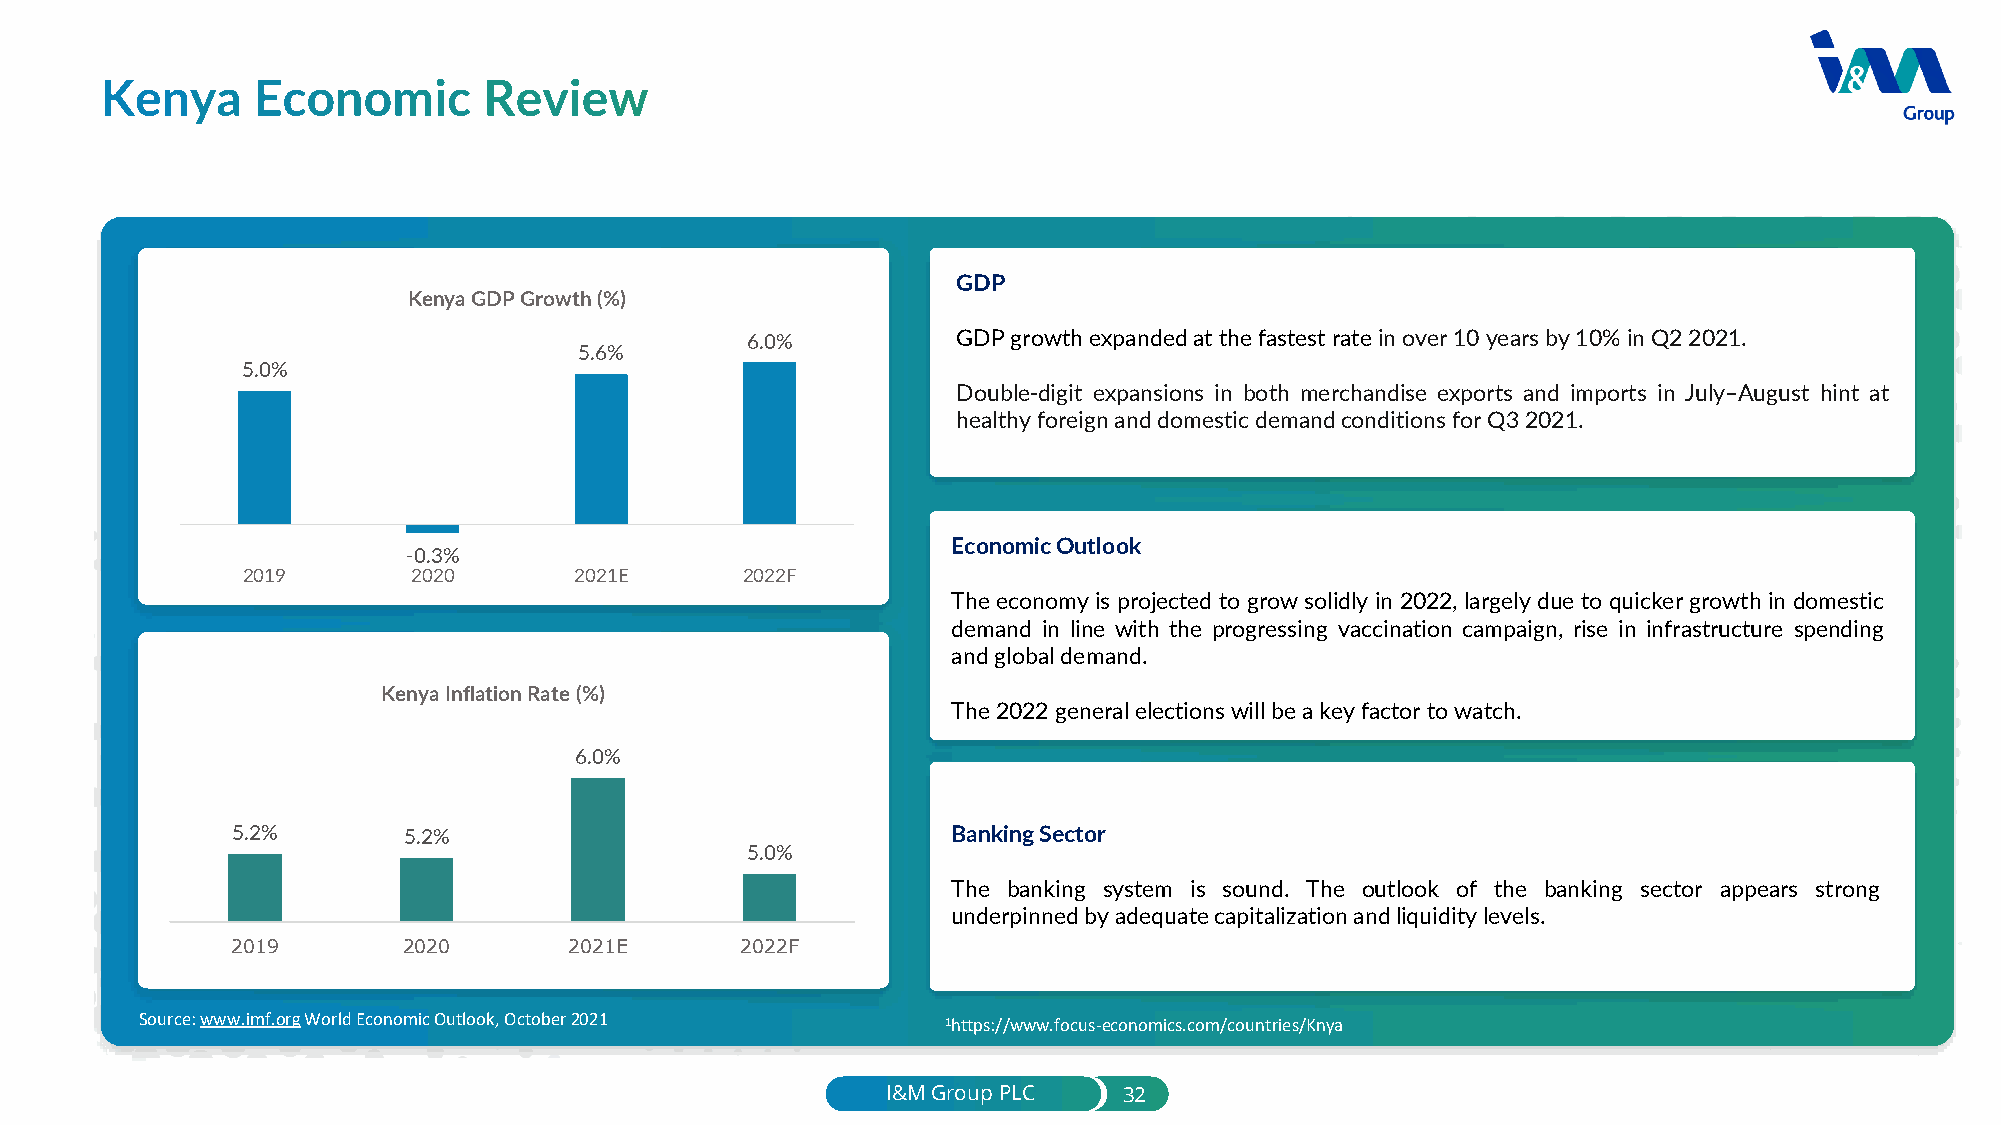
GDP
 Kenya GDP Growth (%)
 6.0%          GDPgrowthexpandedatthefastestrateinover10yearsby10%inQ22021.
 5.6%
 5.0%
 Double-digit expansions in both merchandise exports and imports in July–August hint at
 healthyforeignanddomesticdemandconditionsforQ32021.
 Economic Outlook
 -0.3%
 2019       2020       2021E      2022F
 The economyis projected to growsolidly in 2022, largelydue toquickergrowth in domestic
 demand in line with the progressing vaccination campaign, rise in infrastructure spending
 andglobaldemand.
 Kenya Inflation Rate (%)
 The2022generalelectionswillbeakeyfactortowatch.
 6.0%
 5.2%        5.2%                                Banking Sector
 5.0%
 The banking system is sound. The outlook of the banking sector appears strong
 underpinnedbyadequatecapitalizationandliquiditylevels.
 2019        2020       2021E      2022F
 Source:www.imf.orgWorldEconomicOutlook,October2021    1https://www.focus-economics.com/countries/Knya
 I&M Group PLC  32